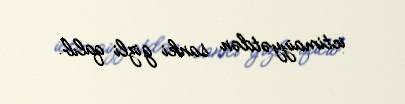
ictimaiyyətdən sanki gizli qalıb.